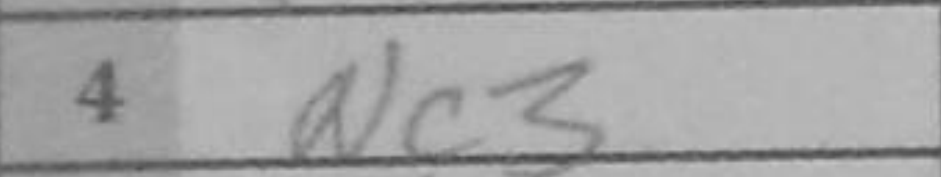
Transcription: Nc3